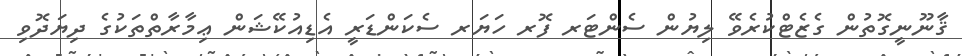
ޤާނޫނީގޮތުން ގެޒެޓްކުރެވޭ ލިޔުން ސެންޓަރ ފޮރ ހަޔަރ ސެކަންޑަރީ އެޑިއުކޭޝަން ޢިމާރާތްތަކުގެ ދިޔަދޮވި